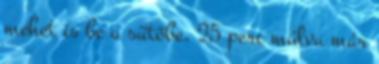
mehet is be a sütőbe. 25 perc múlva már